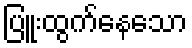
ပြူးထွက်နေသော